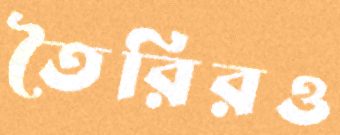
তৈরিরও